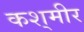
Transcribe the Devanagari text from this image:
कश्‌मीर